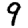
Digit: 9